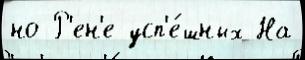
но Р'ен'е усп'е́шных На